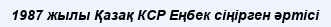
1987 жылы Қазақ КСР Еңбек сіңірген әртісі